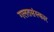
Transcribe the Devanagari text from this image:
गलतसंस्कार